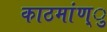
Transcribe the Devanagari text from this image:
काठमांण्ु